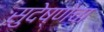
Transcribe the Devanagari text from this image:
सुदेष्णेचा